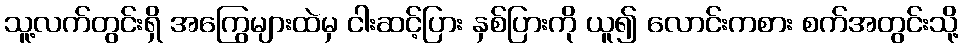
သူ့လက်တွင်းရှိ အကြွေများထဲမှ ငါးဆင့်ပြား နှစ်ပြားကို ယူ၍ လောင်းကစား စက်အတွင်းသို့